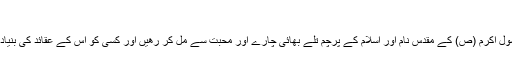
"
خدا ان شاءاللہ ھمیں ایسا دن دکھائے جب تمام مسلمان رسول اکرم (ص) کے مقدس نام اور اسلام کے پرچم تلے بھائی چارے اور محبت سے مل کر رھیں اور کسی کو اس کے عقائد کی بنیاد پر کافر قرار دے کر امت مسلمہ سے دور نہ کیا جائے۔